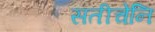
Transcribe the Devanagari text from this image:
सतीचेनि